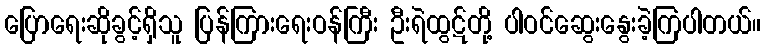
ပြောရေးဆိုခွင့်ရှိသူ ပြန်ကြားရေးဝန်ကြီး ဦးရဲထွဋ်တို့ ပါဝင်ဆွေးနွေးခဲ့ကြပါတယ်။